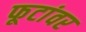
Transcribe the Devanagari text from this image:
फूटांवर